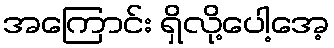
အကြောင်း ရှိလို့ပေါ့အေ့